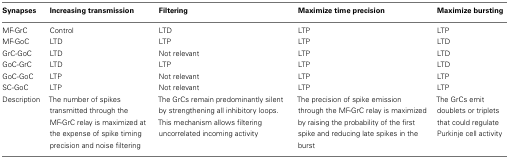
<table><thead><tr><td><b>Synapses</b></td><td><b>Increasing transmission</b></td><td><b>Filtering</b></td><td><b>Maximize time precision</b></td><td><b>Maximize bursting</b></td></tr></thead><tbody><tr><td>MF-GrC</td><td>Control</td><td>LTD</td><td>LTP</td><td>LTP</td></tr><tr><td>MF-GoC</td><td>LTD</td><td>LTP</td><td>LTP</td><td>LTD</td></tr><tr><td>GrC-GoC</td><td>LTD</td><td>Not relevant</td><td>LTP</td><td>LTD</td></tr><tr><td>GoC-GrC</td><td>LTD</td><td>LTP</td><td>LTP</td><td>LTD</td></tr><tr><td>GoC-GoC</td><td>LTP</td><td>Not relevant</td><td>LTP</td><td>LTP</td></tr><tr><td>SC-GoC</td><td>LTP</td><td>Not relevant</td><td>LTP</td><td>LTP</td></tr><tr><td>Description</td><td>The number of spikes transmitted through the MF-GrC relay is maximized at the expense of spike timing precision and noise filtering</td><td>The GrCs remain predominantly silent by strengthening all inhibitory loops. This mechanism allows filtering uncorrelated incoming activity</td><td>The precision of spike emission through the MF-GrC relay is maximized by raising the probability of the first spike and reducing late spikes in the burst</td><td>The GrCs emit doublets or triplets that could regulate Purkinje cell activity</td></tr></tbody></table>